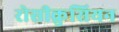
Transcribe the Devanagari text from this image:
रोसीक्रुसियन